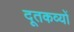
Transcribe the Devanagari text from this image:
दूतकव्यों